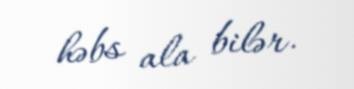
həbs ala bilər.